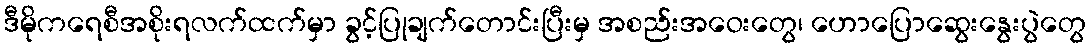
ဒီမိုကရေစီအစိုးရလက်ထက်မှာ ခွင့်ပြုချက်တောင်းပြီးမှ အစည်းအဝေးတွေ၊ ဟောပြောဆွေးနွေးပွဲတွေ